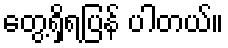
တွေ့ရှိရပြန် ပါတယ်။